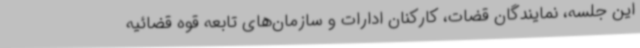
این جلسه، نمایندگان قضات، کارکنان ادارات و سازمان‌های تابعه قوه قضائیه